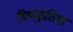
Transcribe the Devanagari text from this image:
विष्णुप्रतिमा